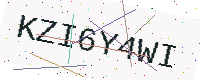
Text: KZI6Y4WI